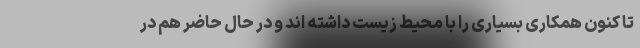
تا کنون همکاری بسیاری را با محیط زیست داشته اند و در حال حاضر هم در